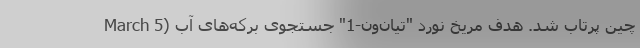
March 5) چین پرتاب شد. هدف مریخ نورد "تیان‌ون-1" جستجوی برکه‌های آب